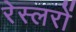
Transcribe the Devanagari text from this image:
रेस्लरों